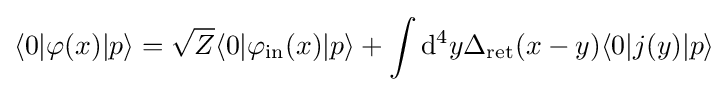
\langle 0|\varphi (x)|p\rangle ={\sqrt {Z}}\langle 0|\varphi _{\mathrm {in} }(x)|p\rangle +\int \mathrm {d} ^{4}y\Delta _{\mathrm {ret} }(x-y)\langle 0|j(y)|p\rangle